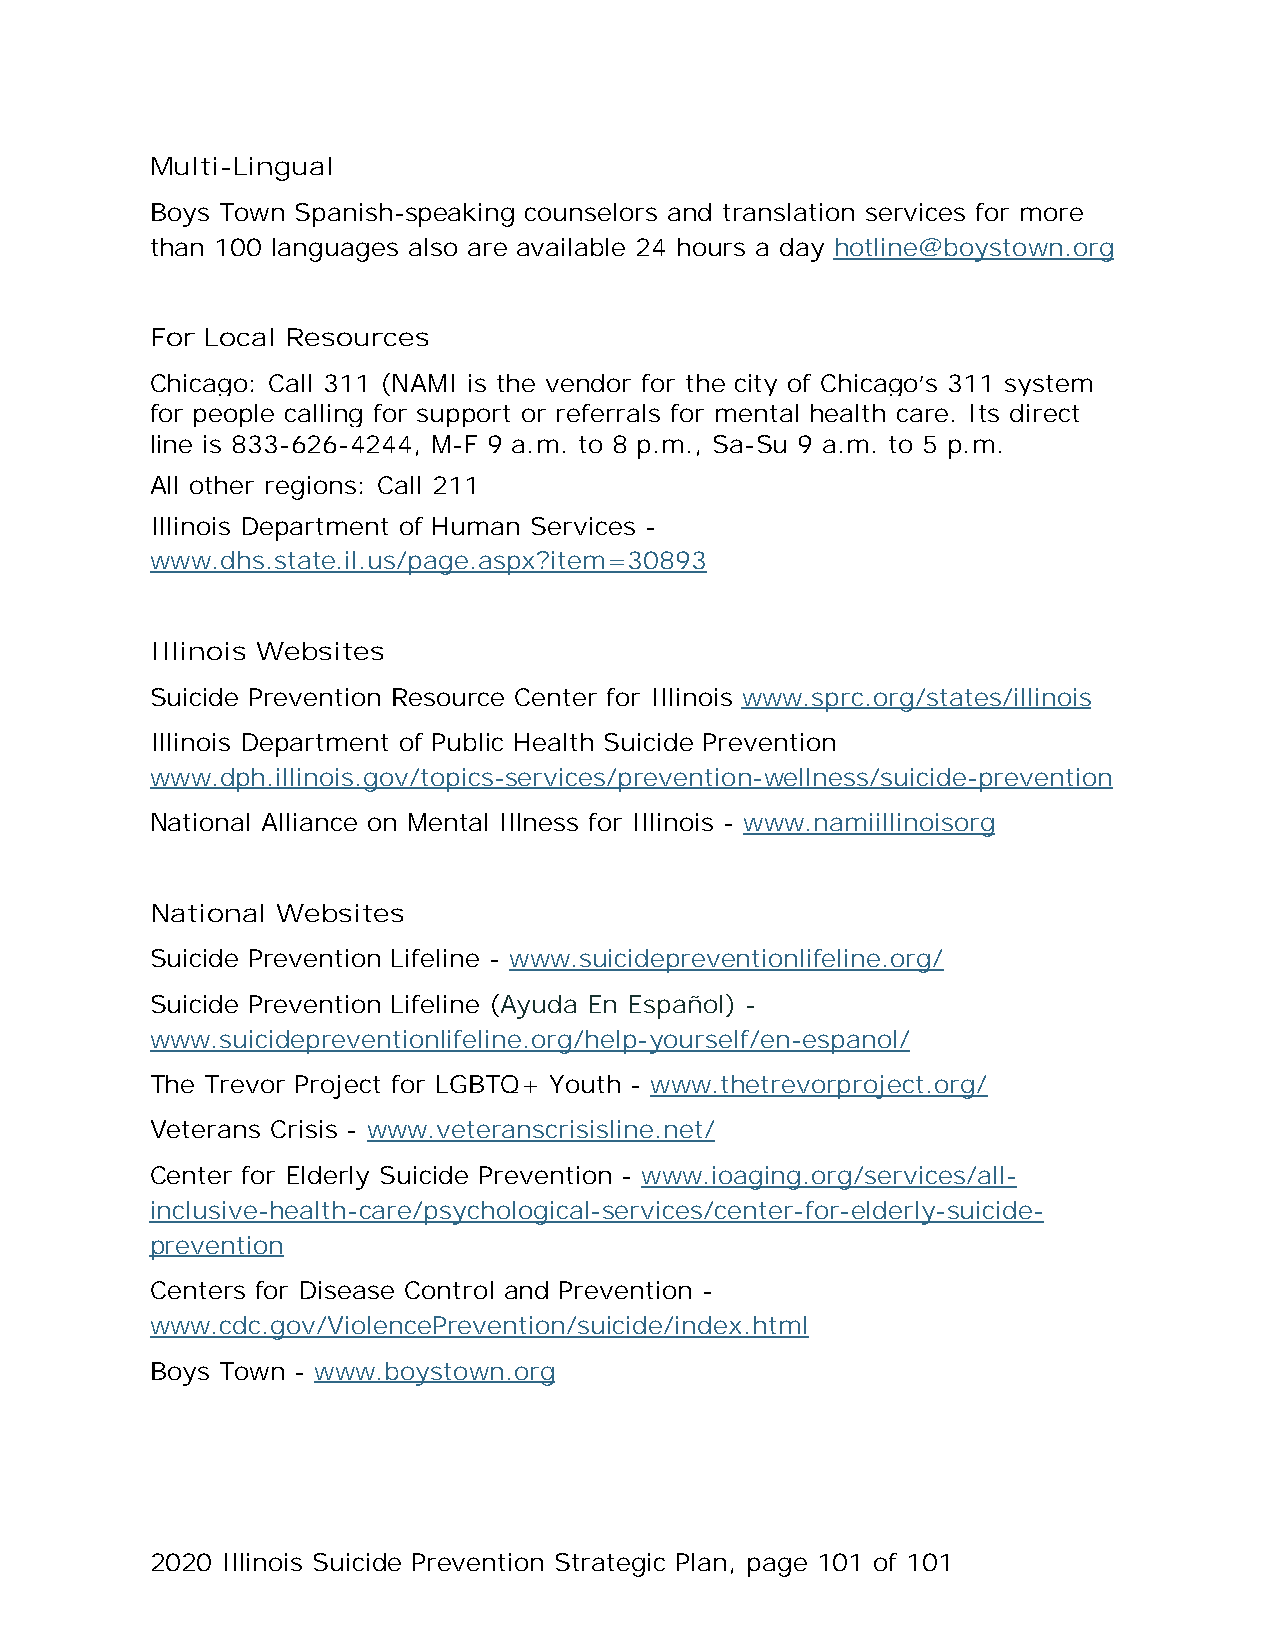
Multi-Lingual
 Boys Town Spanish-speaking counselors and translation services for more
 than 100 languages also are available 24 hours a day hotline@boystown.org
 For Local Resources
 Chicago: Call 311 (NAMI is the vendor for the city of Chicago’s 311 system
 for people calling for support or referrals for mental health care. Its direct
 line is 833-626-4244, M-F 9 a.m. to 8 p.m., Sa-Su 9 a.m. to 5 p.m.
 All other regions: Call 211
 Illinois Department of Human Services -
 www.dhs.state.il.us/page.aspx?item=30893
 Illinois Websites
 Suicide Prevention Resource Center for Illinois www.sprc.org/states/illinois
 Illinois Department of Public Health Suicide Prevention
 www.dph.illinois.gov/topics-services/prevention-wellness/suicide-prevention
 National Alliance on Mental Illness for Illinois - www.namiillinoisorg
 National Websites
 Suicide Prevention Lifeline - www.suicidepreventionlifeline.org/
 Suicide Prevention Lifeline (Ayuda En Español) -
 www.suicidepreventionlifeline.org/help-yourself/en-espanol/
 The Trevor Project for LGBTQ+ Youth - www.thetrevorproject.org/
 Veterans Crisis - www.veteranscrisisline.net/
 Center for Elderly Suicide Prevention - www.ioaging.org/services/all-
 inclusive-health-care/psychological-services/center-for-elderly-suicide-
 prevention
 Centers for Disease Control and Prevention -
 www.cdc.gov/ViolencePrevention/suicide/index.html
 Boys Town - www.boystown.org
 2020 Illinois Suicide Prevention Strategic Plan, page 101 of 101